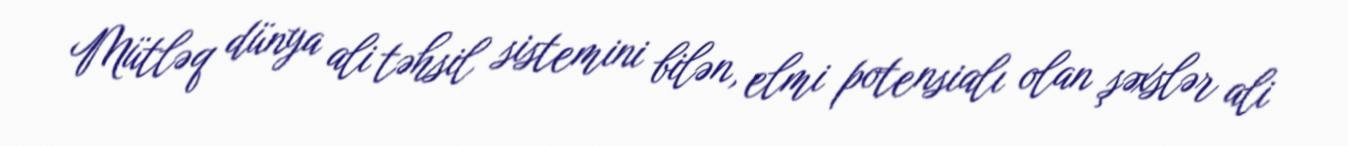
Mütləq dünya ali təhsil sistemini bilən, elmi potensialı olan şəxslər ali